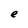
Character: e